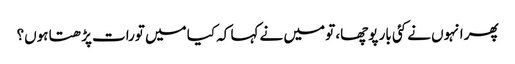
پھر انہوں نے کئی بار پوچھا، تو میں نے کہا کہ کیا میں تورات پڑھتا ہوں؟